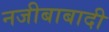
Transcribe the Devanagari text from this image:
नजीबाबादी